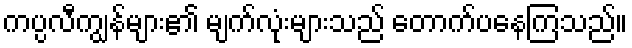
ကပ္ပလီကျွန်များ၏ မျက်လုံးများသည် တောက်ပနေကြသည်။